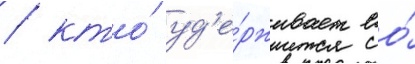
/ кто́ уд'е́рживает ео́